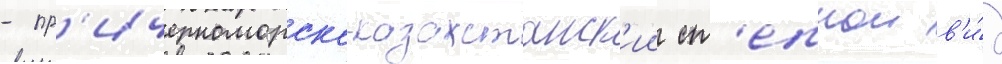
- пр'ичерноморско-казахстанск'ии ст'епнои в'и́д